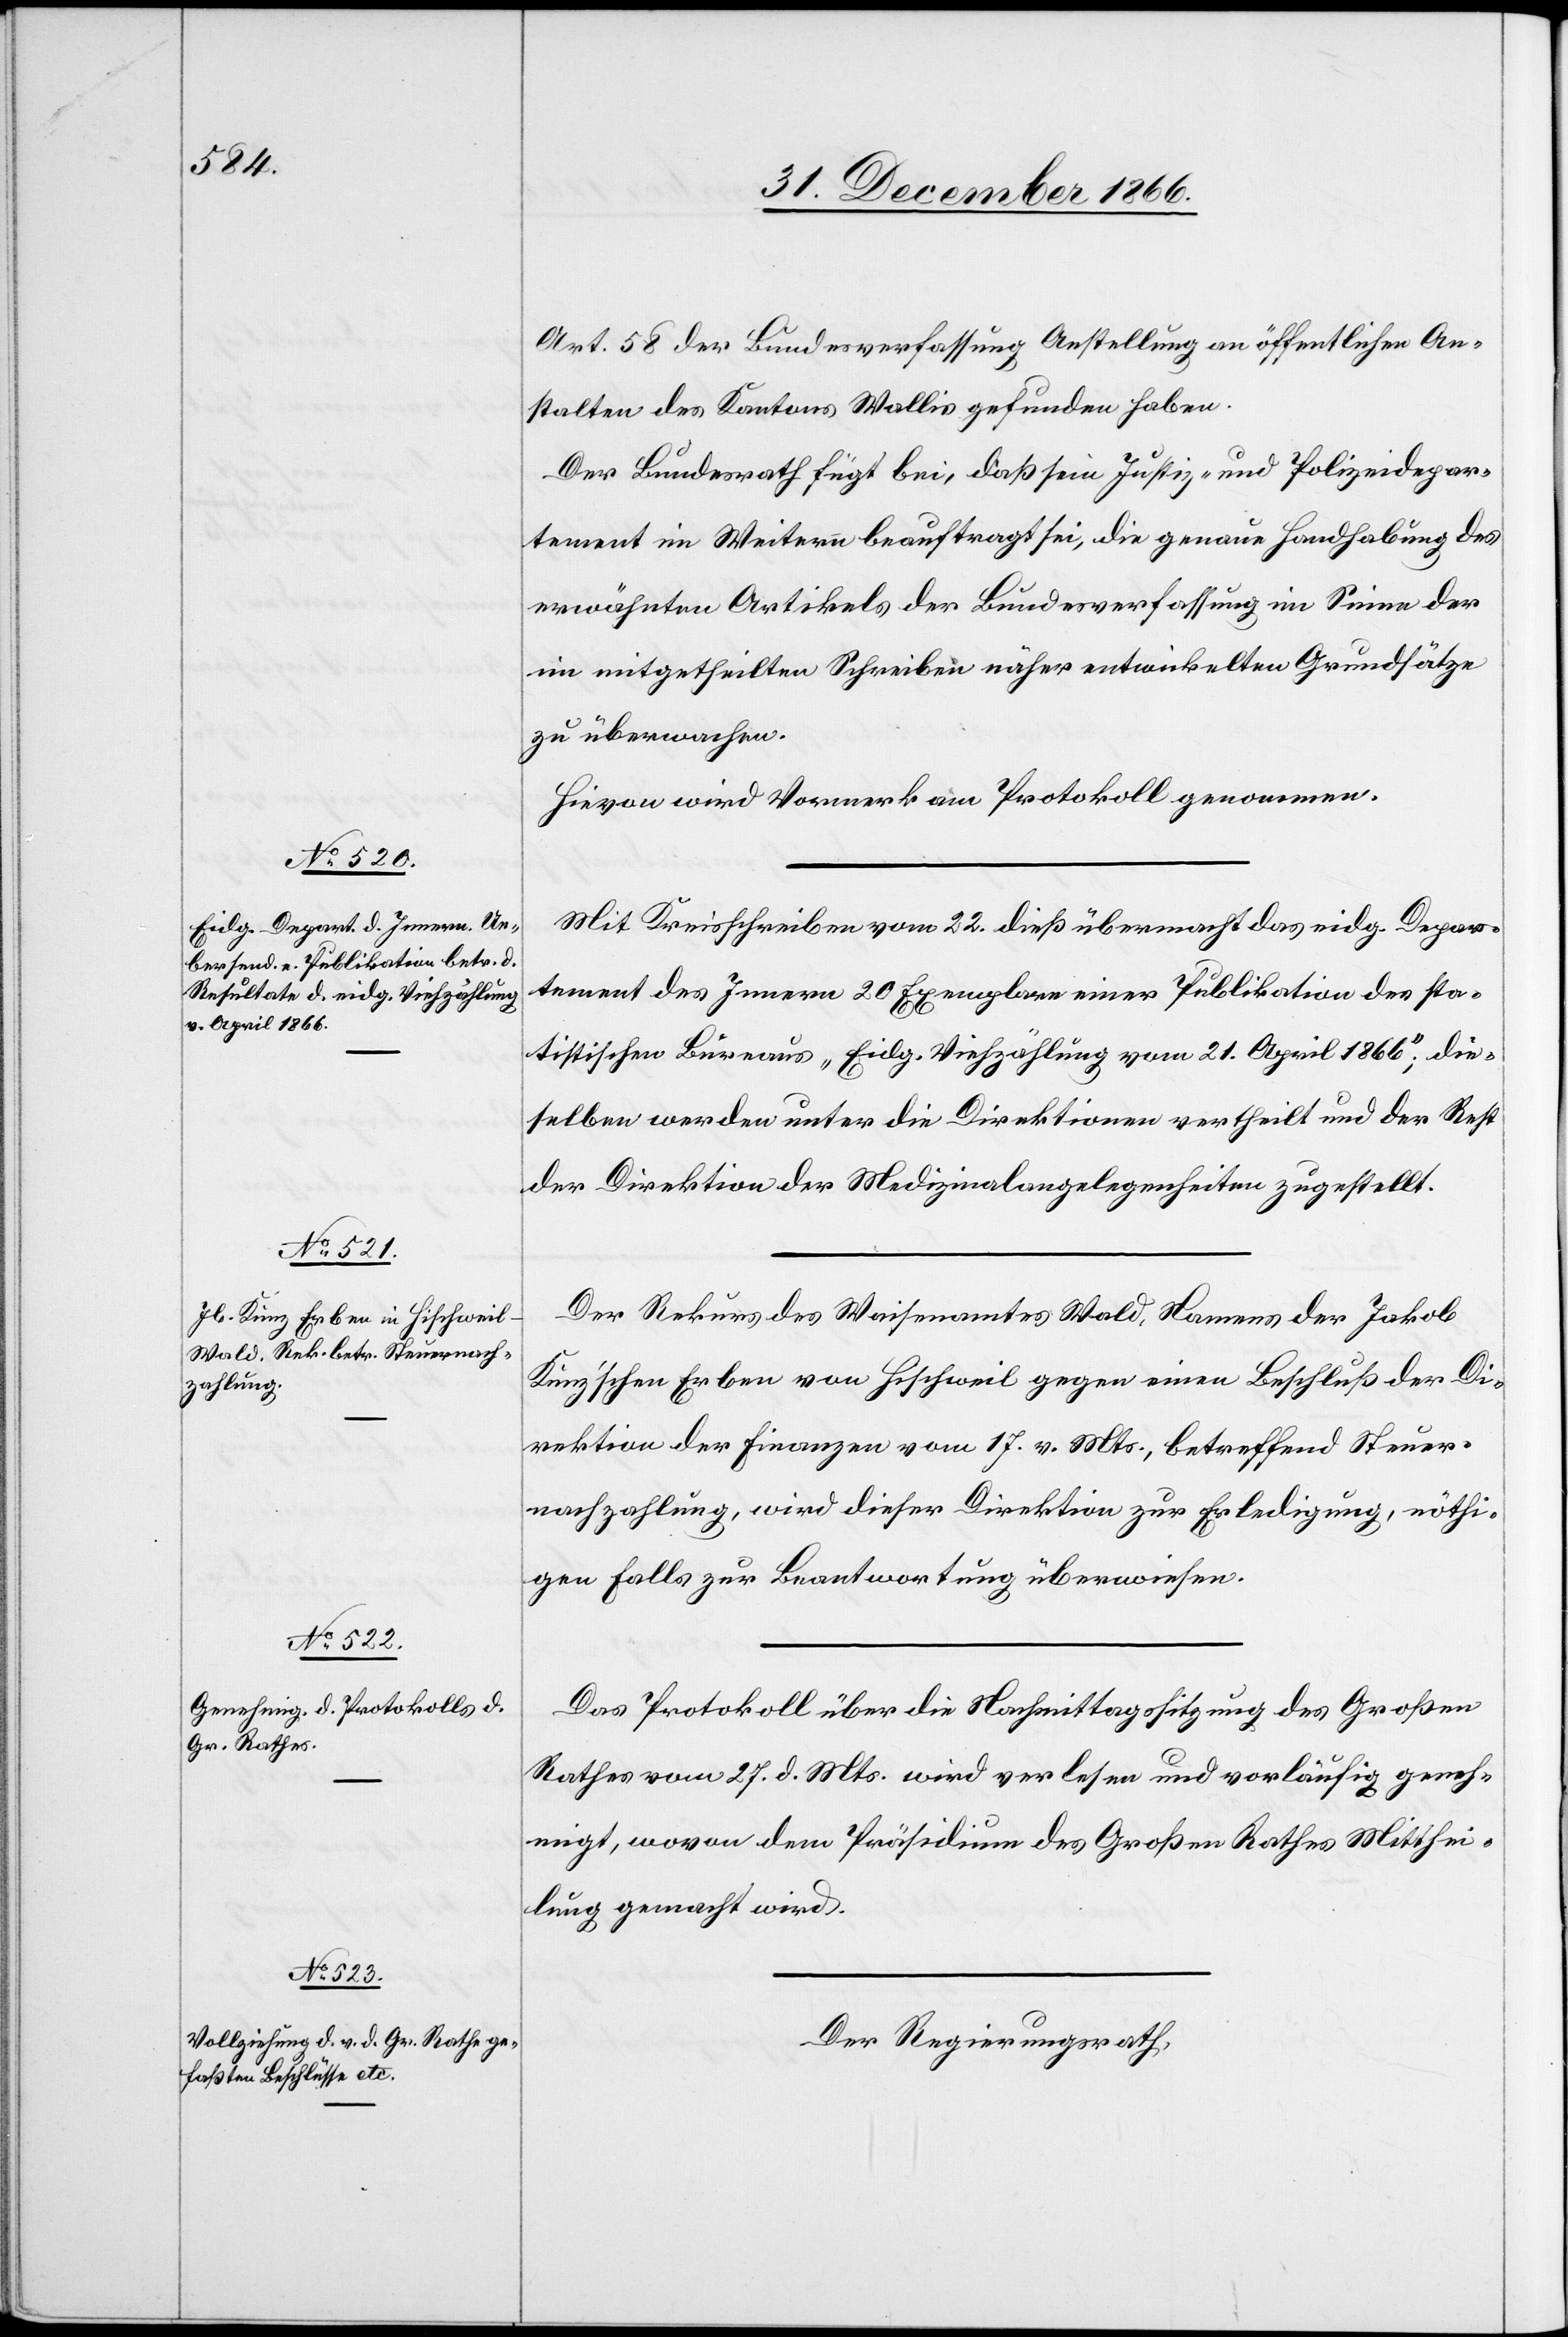
Art. 58 der Bundesverfassung Anstellung an öffentlichen An¬
stalten des Kantons Wallis gefunden haben.
Der Bundesrath fügt bei, daß sein Justiz- und Polizeidepar¬
tement im Weitern beauftragt sei, die genaue Handhabung des
erwähnten Artikels der Bundesverfassung im Sinne der
im mitgetheilten Schreiben näher entwickelten Grundsätze
zu überwachen.
Hievon wird Vormerk am Protokoll genommen.
Mit Kreisschreiben vom 22. dieß übermacht das eidg. Depar¬
tement des Innern 20 Exemplare einer Publikation des sta¬
tistischen Büreaus „Eidg. Viehzählung vom 21. April 1866“; die¬
selben werden unter die Direktionen vertheilt und der Rest
der Direktion der Medizinalangelegenheiten zugestellt.
Der Rekurs des Waisenamtes Wald, Namens der Jakob
Kunz’schen Erben von Hischweil gegen einen Beschluß der Di¬
rektion der Finanzen vom 17. v. Mts., betreffend Steuer¬
nachzahlung, wird dieser Direktion zur Erledigung, nöthi¬
gen Falls zur Beantwortung überwiesen.
Das Protokoll über die Nachmittagssitzung des Großen
Rathes vom 27. d. Mts. wird verlesen und vorläufig geneh¬
migt, wovon dem Präsidium des Großen Rathe Mitthei¬
lung gemacht wird.
Der Regierungsrath,